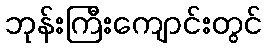
ဘုန်းကြီးကျောင်းတွင်